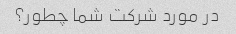
در مورد شرکت شما چطور؟